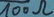
Text: 100Ω